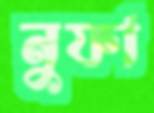
নুফা